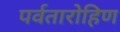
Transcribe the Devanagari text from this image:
पर्वतारोहिण